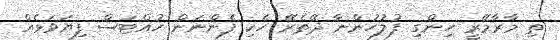
ތި މާރާމޭރީ ހިންގި ފުލުހުންނާ ދޭތެރޭ ހެކި ފެންނަން ހުއްޓަސް ފިޔަވަޅެއް